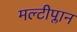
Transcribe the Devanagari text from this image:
मल्टीप्लान